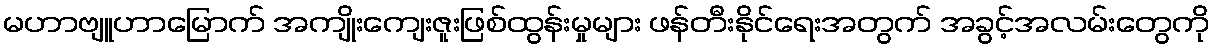
မဟာဗျူဟာမြောက် အကျိုးကျေးဇူးဖြစ်ထွန်းမှုများ ဖန်တီးနိုင်ရေးအတွက် အခွင့်အလမ်းတွေကို